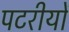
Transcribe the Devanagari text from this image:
पटरीयों